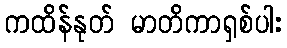
ကထိန်နုတ် မာတိကာရှစ်ပါး